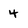
Character: 4